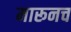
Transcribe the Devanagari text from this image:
मारूनच